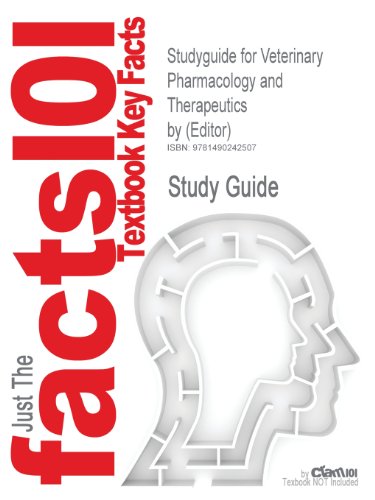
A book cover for Studyguide for Veterinary Pharmacology and Therapeutics by (Editor), ISBN 9780813820613; Cram101 Textbook Reviews; Medical Books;